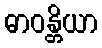
ဓာဝန္တိယာ